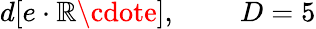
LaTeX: d[e\cdot\mathbb{R}\cdote],\; \; \; \; \; \; \; \; D=5